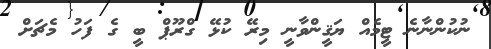
ނުކުންނާނެ ޓީމެއް ޔަޤީންވާނީ މިރޭ ކުޅޭ ގްރޫޕް ބީ ގެ ފަހު މެޗަށް